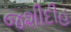
જશીદીહ